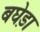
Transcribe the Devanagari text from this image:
बघेड़ा